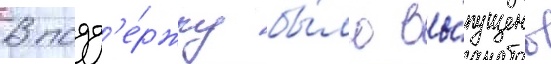
В подд'е́ржку бы́ло вы́пущено